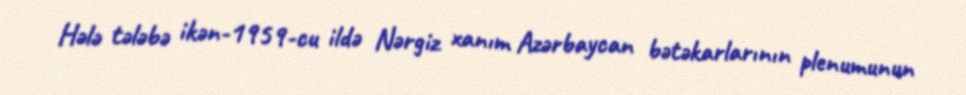
Hələ tələbə ikən-1959-cu ildə Nərgiz xanım Azərbaycan bətəkarlarının plenumunun